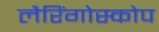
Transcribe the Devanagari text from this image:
लैरिंगोस्कोप